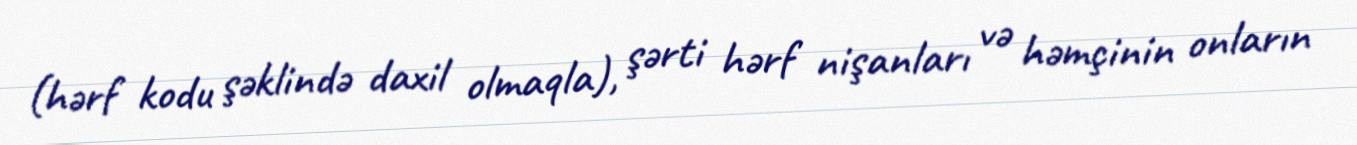
(hərf kodu şəklində daxil olmaqla), şərti hərf nişanları və həmçinin onların